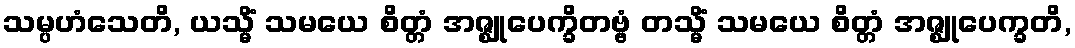
သမ္ပဟံသေတိ, ယသ္မိံ သမယေ စိတ္တံ အဇ္ဈုပေက္ခိတဗ္ဗံ တသ္မိံ သမယေ စိတ္တံ အဇ္ဈုပေက္ခတိ,